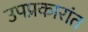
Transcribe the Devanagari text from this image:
उपप्रकारांत